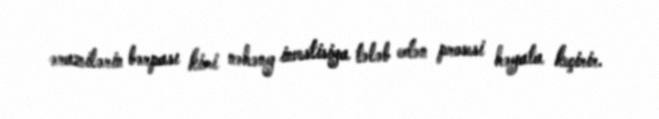
ərazilərin bərpası kimi nəhəng investisiya tələb edən prosesi həyata keçirir.